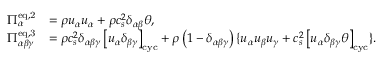
\begin{array} { r l } { \Pi _ { \alpha } ^ { \mathrm { e q , 2 } } } & { = \rho u _ { \alpha } u _ { \alpha } + \rho c _ { s } ^ { 2 } \delta _ { \alpha \beta } \theta , } \\ { \Pi _ { \alpha \beta \gamma } ^ { \mathrm { e q , 3 } } } & { = \rho c _ { s } ^ { 2 } \delta _ { \alpha \beta \gamma } \left[ u _ { \alpha } \delta _ { \beta \gamma } \right] _ { \mathrm { c y c } } + \rho \left( 1 - \delta _ { \alpha \beta \gamma } \right) \{ u _ { \alpha } u _ { \beta } u _ { \gamma } + c _ { s } ^ { 2 } \left[ u _ { \alpha } \delta _ { \beta \gamma } \theta \right] _ { \mathrm { c y c } } \} . } \end{array}